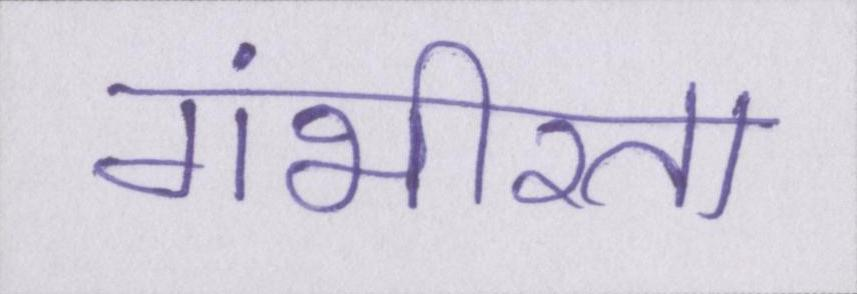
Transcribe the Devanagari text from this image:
गंभीरता